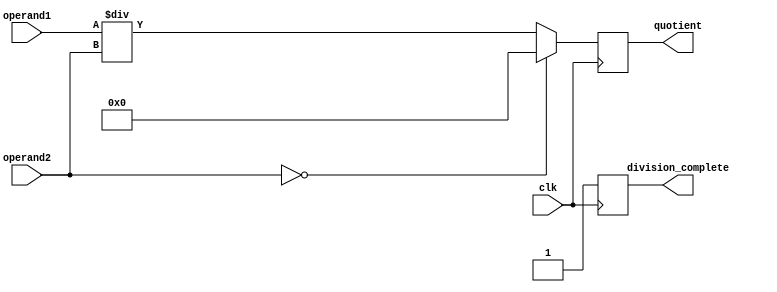
module synchronous_divider (
    input [7:0] operand1,
    input [7:0] operand2,
    input clk,
    output reg [15:0] quotient,
    output reg division_complete
);

always @(posedge clk) begin
    if(operand2 == 0) begin
        quotient <= 8'b0;
        division_complete <= 1'b1; // Handle division by zero case
    end else begin
        quotient <= operand1 / operand2;
        division_complete <= 1'b1;
    end
end

endmodule